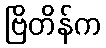
ဗြိတိန်က